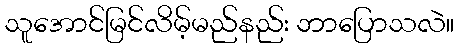
သူအောင်မြင်လိမ့်မည်နည်း ဘာပြောသလဲ။